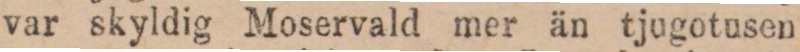
var skyldig Moservald mer än tjugotusen